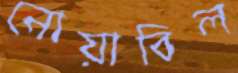
নোয়াবিল